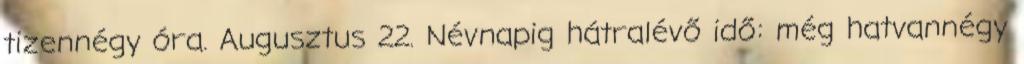
tizennégy óra. Augusztus 22. Névnapig hátralévő idő: még hatvannégy